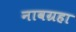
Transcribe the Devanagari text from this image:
नावग्रहा